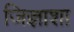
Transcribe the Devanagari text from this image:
जिज्ञाशा